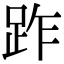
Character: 䟭